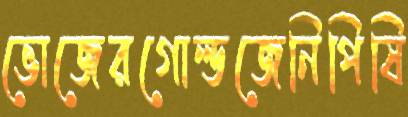
ভোজেরগোল্ডজেনিপিষি